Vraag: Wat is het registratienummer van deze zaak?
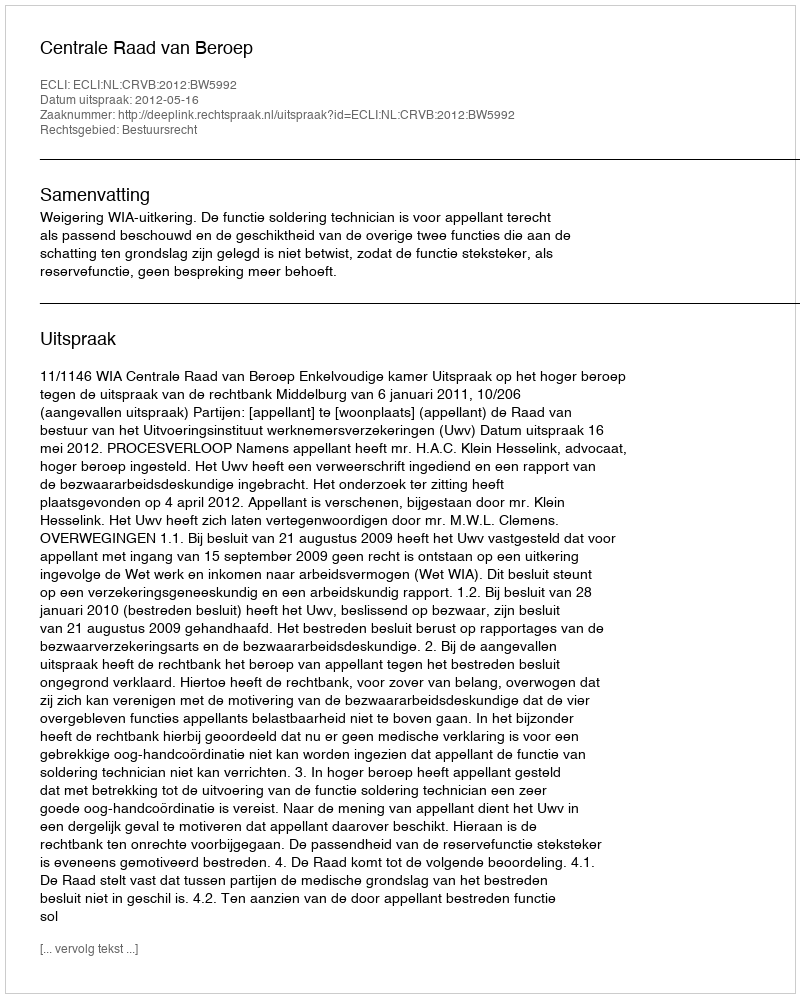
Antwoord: http://deeplink.rechtspraak.nl/uitspraak?id=ECLI:NL:CRVB:2012:BW5992